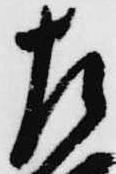
左